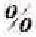
%